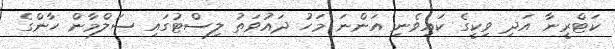
ކަޓްރީނާ އަދި ވިކީގެ ކައިވެނި އަންނަ މަހު ދައުވަތު ލިސްޓުގައި ސަލްމާން ހާންގެ